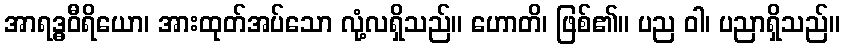
အာရဒ္ဓဝီရိယော၊ အားထုတ်အပ်သော လုံ့လရှိသည်။ ဟောတိ၊ ဖြစ်၏။ ပည ဝါ၊ ပညာရှိသည်။